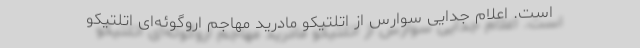
است. اعلام جدایی سوارس از اتلتیکو مادرید مهاجم اروگوئه‌ای اتلتیکو